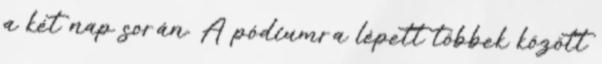
a két nap során. A pódiumra lépett többek között